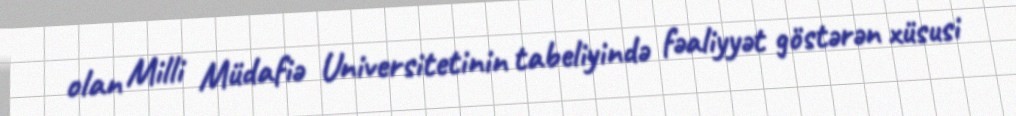
olan Milli Müdafiə Universitetinin tabeliyində fəaliyyət göstərən xüsusi